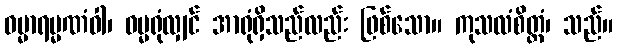
ဓမ္မာရမ္မဏံဝါ၊ ဓမ္မရုံလျှင် အာရုံရှိသည်လည်း ဖြစ်သော။ ကုသလံစိတ္တံ၊ သည်။